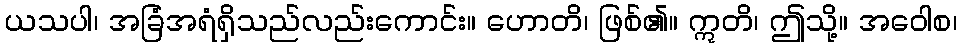
ယသပါ၊ အခြံအရံရှိသည်လည်းကောင်း။ ဟောတိ၊ ဖြစ်၏။ ဣတိ၊ ဤသို့။ အဝေါစ၊